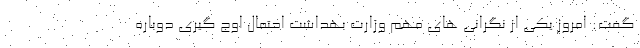
گفت: امروز یکی از نگرانی های مهم وزارت بهداشت احتمال اوج گیری دوباره